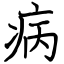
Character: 病